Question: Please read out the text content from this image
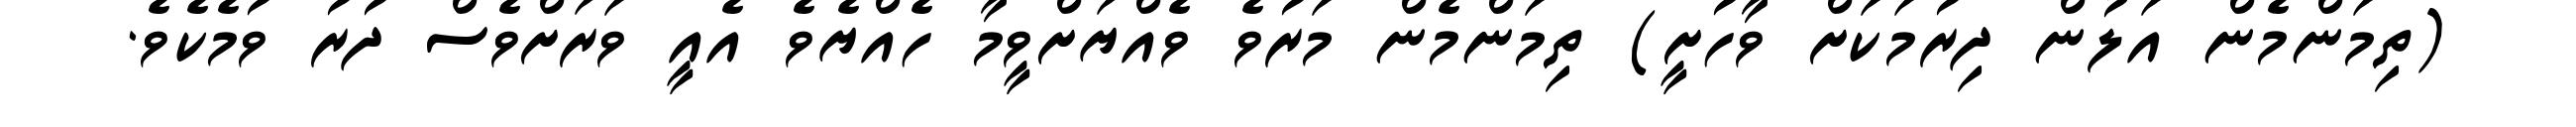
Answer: (ތިމަންމެން އަލުން ދިރުމަކަށް ވާހުށީ) ތިމަންމެން މަރުވެ ވެއްޔަށްވީމާ ހެއްޔެވެ އެއީ ވަރަށްވެސް ދުރު ވުމެކެވެ.